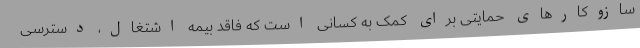
سازوکارهای حمایتی برای کمک به کسانی است که فاقد بیمه اشتغال، دسترسی